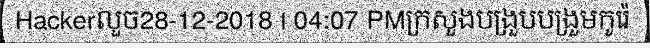
Hackerលួច28-12-2018 | 04:07 PMក្រសួងបង្រួបបង្រួមកូរ៉េ